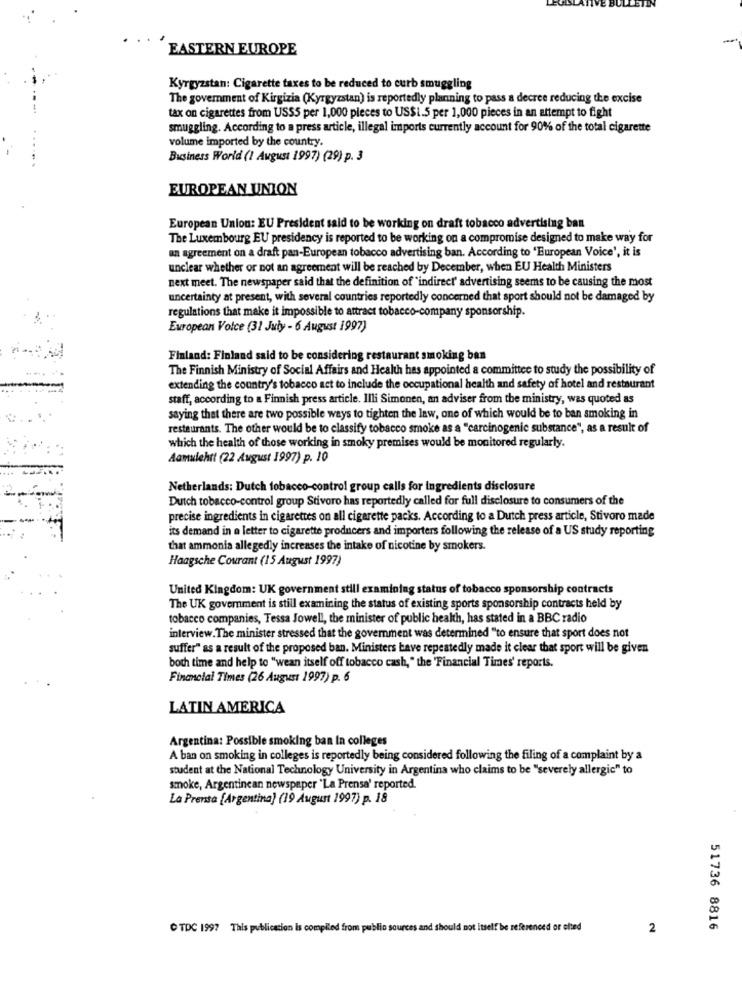
EASTERN EUROPE
Kyrgyzstan: Cigarette taxes to be reduced to curb smuggling
The government of Kirgizia (Kyrgyzstan) is reportedly planning to pass a decree reducing the excise
tax on cigarettes from USSS per 1,000 pieces to US$I.5 per 1,000 pieces in an attempt to fight
smuggling. According to a press article, illegal imports currently account for 90% of the total cigarette
volume imported by the country.
Business World (1 August 1997) (29) p. 3
EUROPEAN UNION
European Union: EU President said to be working on draft tobacco advertising ban
The Luxembourg EU presidency is reported to be working on a compromise designed to make way for
an agreement on a draft pan-European tobacco advertising ban. According to "European Voice', it is
unclear whether or not an agreement will be reached by December, when EU Health Ministers
next meet. The newspaper said that the definition of "indirect' advertising seems to be causing the most
uncertainty at present, with several countries reportedly concerned that sport should not be damaged by
regulations that make it impossible to attract tobacco-company sponsorship.
European Voice (31 July - 6 August 1997)
Finland: Finland said to be considering restaurant smoking ban
The Finnish Ministry of Social Affairs and Health has appointed a committee to study the possibility of
extending the country's tobacco act to include the occupational health and safety of hotel and restaurant
staff, according to a Finnish press article. Illi Simonen, an adviser from the ministry, was quoted as
saying that there are two possible ways to tighten the law, one of which would be to ban smoking in
restaurants. The other would be to classify tobacco smoke as a "carcinogenic substance", as a result of
which the health of those working in smoky premises would be monitored regularly.
Aamulehtt (22 August 1997) p. 10
Netherlands: Dutch tobacco-control group calls for ingredients disclosure
Dutch tobacco-control group Stivoro has reportedly called for full disclosure to consumers of the
-
precise ingredients in cigarettes on all cigarette packs. According to a Dutch press article, Stivoro made
its demand in a letter to cigarette producers and importers following the release of a US study reporting
that ammonia allegedly increases the intake of nicotine by smokers.
Haagsche Courant (15 August 1997)
United Kingdom: UK government still examining status of tobacco sponsorship contracts
The UK government is still examining the status of existing sports sponsorship contracts held by
tobacco companies, Tessa Jowell, the minister of public health, has stated in a BBC radio
interview. The minister stressed that the government was determined "to ensure that sport does not
suffer" as a result of the proposed ban. Ministers have repeatedly made it clear that sport will be given
both time and help to "wean itself off tobacco cash, " the Financial Times' reports.
Financial Times (26 August 1997) p. 6
LATIN AMERICA
Argentina: Possible smoking ban In colleges
A ban on smoking in colleges is reportedly being considered following the filing of a complaint by a
student at the National Technology University in Argentina who claims to be "severely allergic" to
smoke, Argentinean newspaper "La Prensa' reported.
La Prensa [Argentina) (19 August 1997) p. 18
TDC 1997 This publication is complied from public sources and should not itself be referenced or cited
2
51736 8816